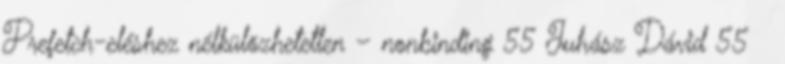
Prefetch-eléshez nélkülözhetetlen – nonbinding 55 Juhász Dávid 55